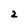
Character: 2